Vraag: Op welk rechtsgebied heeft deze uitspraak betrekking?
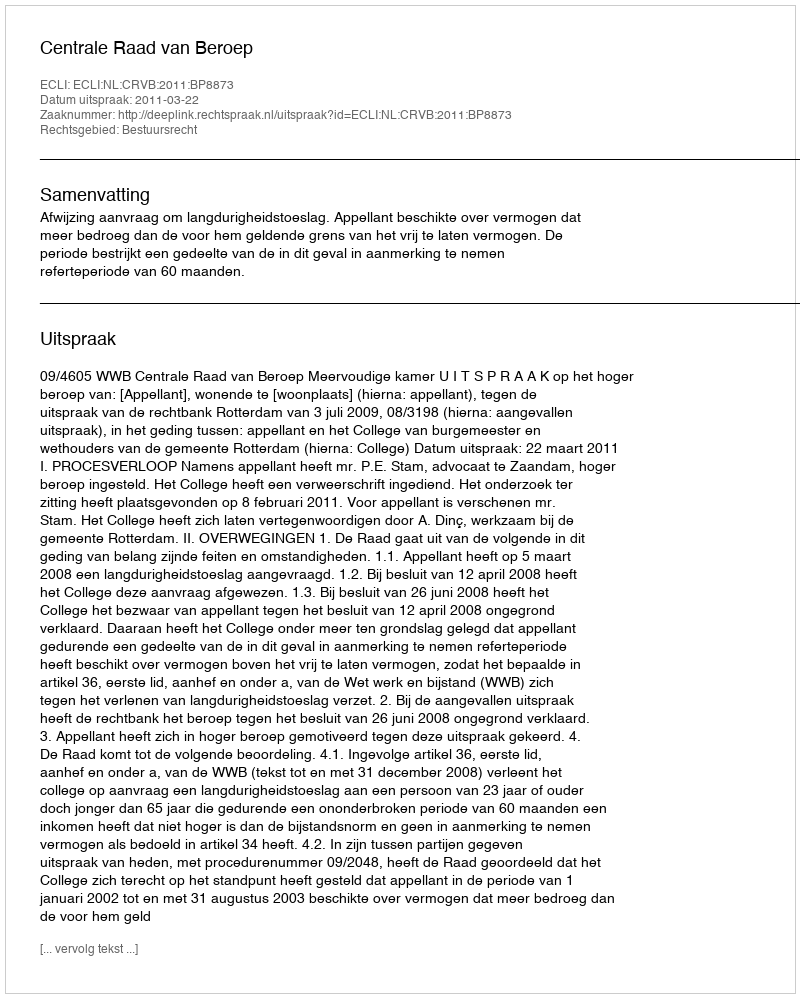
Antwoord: Bestuursrecht